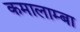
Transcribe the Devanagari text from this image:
कमालाम्बा